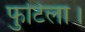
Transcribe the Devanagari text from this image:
फुटिला।